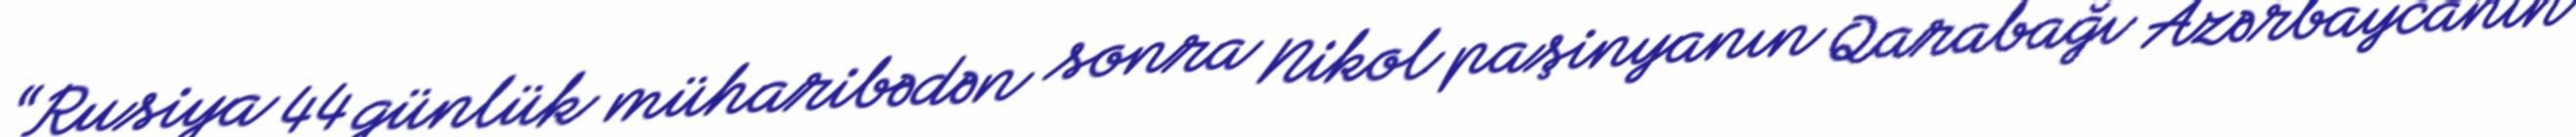
“Rusiya 44 günlük müharibədən sonra Nikol paşinyanın Qarabağı Azərbaycanın